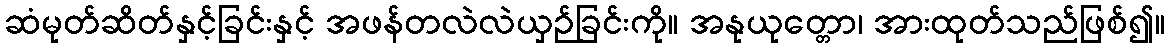
ဆံမုတ်ဆိတ်နှင့်ခြင်းနှင့် အဖန်တလဲလဲယှဉ်ခြင်းကို။ အနုယုတ္တော၊ အားထုတ်သည်ဖြစ်၍။